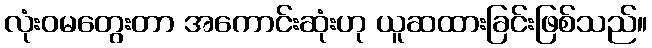
လုံးဝမတွေးတာ အကောင်းဆုံးဟု ယူဆထားခြင်းဖြစ်သည်။